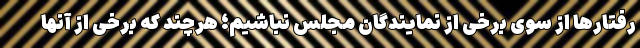
رفتارها از سوی برخی از نمایندگان مجلس نباشیم؛ هرچند که برخی از آنها